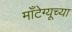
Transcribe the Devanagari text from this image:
माँटेग्यूच्या